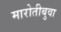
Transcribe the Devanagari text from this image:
मारोतीबुवा